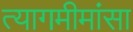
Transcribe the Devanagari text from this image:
त्यागमीमांसा